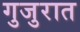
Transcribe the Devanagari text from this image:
गुजुरात